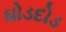
ઘોડદોડ